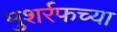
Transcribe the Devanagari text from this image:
मुशर्रफच्या